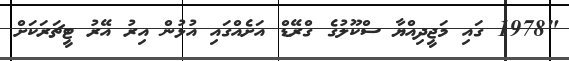
"1978 ގައި މަޖީދިއްޔާ ސްކޫލުގެ ގްރޭޑް އަށެއްގައި އުޅުން އިރު އޭރު ޓީޗަރަކަށް